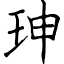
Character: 珅